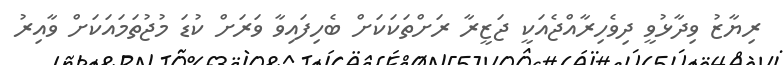
ރިޔާޒު ވިދާޅުވީ ދިވެހިރާއްޖެއަކީ ޖަޒީރާ ރަށްތަކަކަށް ބެހިފައިވާ ވަރަށް ކުޑަ މުޖުތަމައަކަށް ވާއިރު